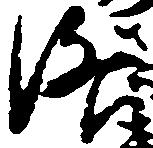
洛